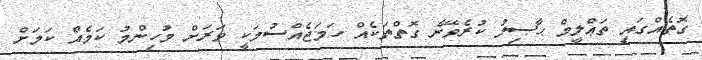
ގޮތެއްގައި ތަޢްލީމް ޙާޞިލު ކުރެވޭނެ ގޮތްތަކެއް ހަމަޖެއްސުމަކީ ވަރަށް މުހިންމު ކަމެއް ކަމަށް